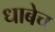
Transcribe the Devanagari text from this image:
धाबेच